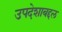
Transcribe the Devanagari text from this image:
उपदेशाबद्दल